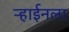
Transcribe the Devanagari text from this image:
ऱ्हाईनला